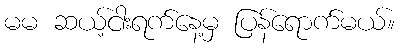
မမ ဆယ့်ငါးရက်နေ့မှ ပြန်ရောက်မယ်။